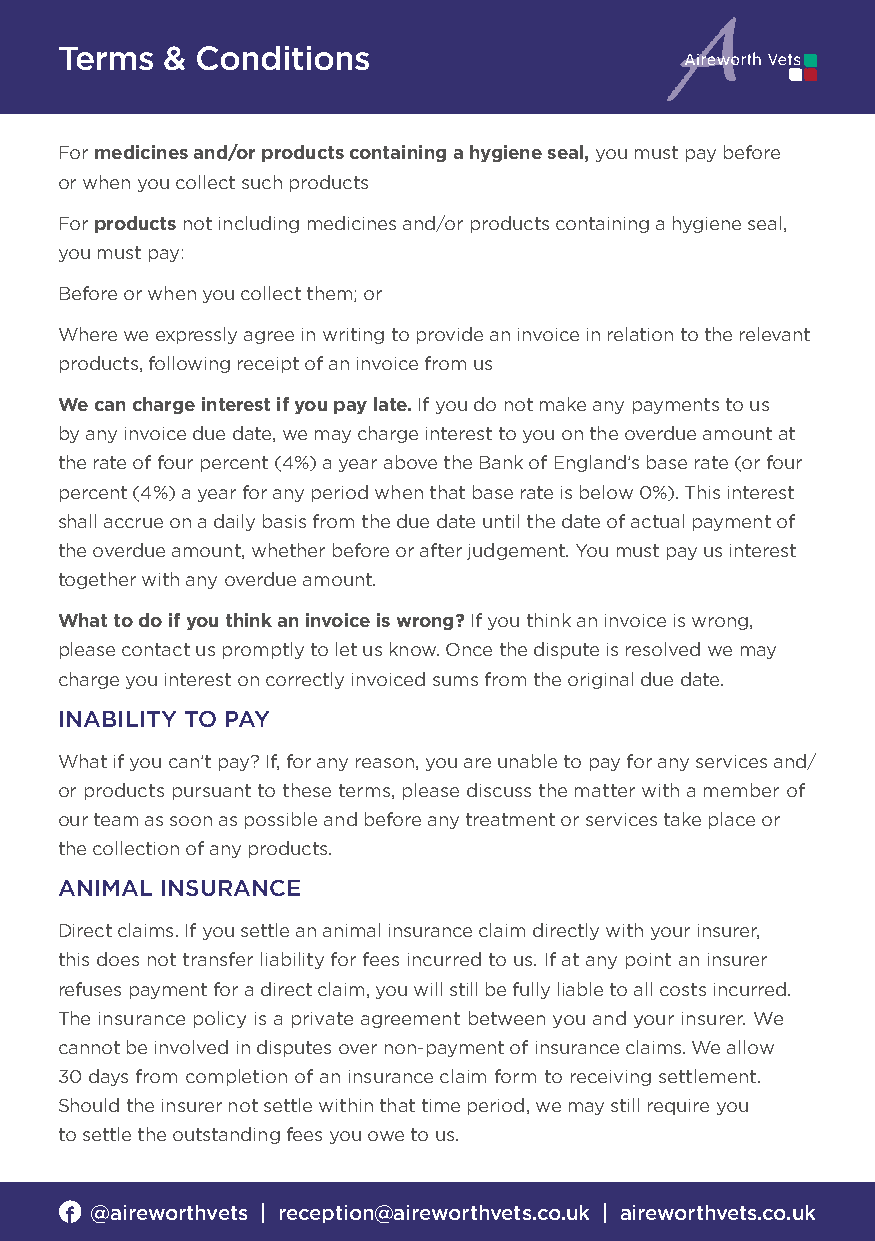
Terms  & Conditions
 For medicines and/or products containing a hygiene seal, you must pay before
 or when you collect such products
 For products not including medicines and/or products containing a hygiene seal,
 you must pay:
 Before or when you collect them; or
 Where we expressly agree in writing to provide an invoice in relation to the relevant
 products, following receipt of an invoice from us
 We can charge interest if you pay late. If you do not make any payments to us
 by any invoice due date, we may charge interest to you on the overdue amount at
 the rate of four percent (4%) a year above the Bank of England’s base rate (or four
 percent (4%) a year for any period when that base rate is below 0%). This interest
 shall accrue on a daily basis from the due date until the date of actual payment of
 the overdue amount, whether before or after judgement. You must pay us interest
 together with any overdue amount.
 What to do if you think an invoice is wrong? If you think an invoice is wrong,
 please contact us promptly to let us know. Once the dispute is resolved we may
 charge you interest on correctly invoiced sums from the original due date.
 INABILITY TO PAY
 What if you can’t pay? If, for any reason, you are unable to pay for any services and/
 or products pursuant to these terms, please discuss the matter with a member of
 our team as soon as possible and before any treatment or services take place or
 the collection of any products.
 ANIMAL INSURANCE
 Direct claims. If you settle an animal insurance claim directly with your insurer,
 this does not transfer liability for fees incurred to us. If at any point an insurer
 refuses payment for a direct claim, you will still be fully liable to all costs incurred.
 The insurance policy is a private agreement between you and your insurer. We
 cannot be involved in disputes over non-payment of insurance claims. We allow
 30 days from completion of an insurance claim form to receiving settlement.
 Should the insurer not settle within that time period, we may still require you
 to settle the outstanding fees you owe to us.
 @aireworthvets | reception@aireworthvets.co.uk | aireworthvets.co.uk